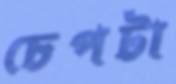
চেপটা